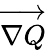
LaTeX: \overrightarrow{\nabla Q}